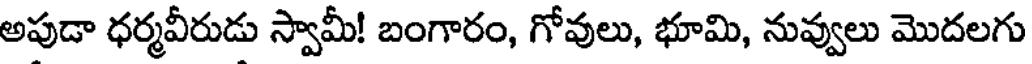
అపుడా ధర్మవీరుడు స్వామీ! బంగారం, గోవులు, భూమి, నువ్వులు మొదలగు